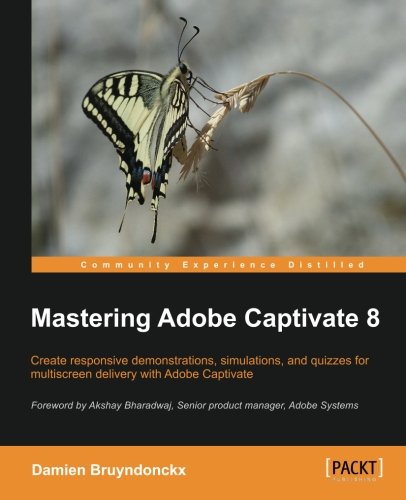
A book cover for Mastering Adobe Captivate 8; Damien Bruyndonckx; Computers & Technology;